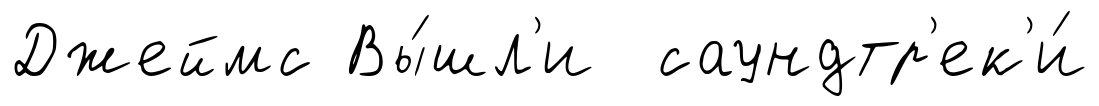
Джеймс Вы́шл'и саундтр'ек'и́